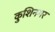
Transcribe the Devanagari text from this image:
कुशिनगर